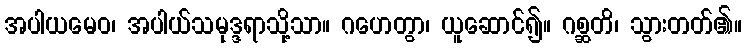
အပါယမေဝ၊ အပါယ်သမုဒ္ဒရာသို့သာ။ ဂဟေတွာ၊ ယူဆောင်၍။ ဂစ္ဆတိ၊ သွားတတ်၏။